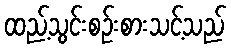
ထည့်သွင်းစဉ်းစားသင့်သည်